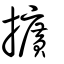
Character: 擴